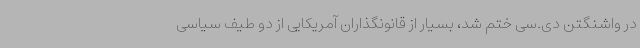
در واشنگتن دی.سی ختم شد، بسیار از قانونگذاران آمریکایی از دو طیف سیاسی